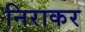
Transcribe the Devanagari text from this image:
निराकर